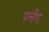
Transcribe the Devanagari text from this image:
पलँग